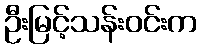
ဦးမြင့်သန်းဝင်းက